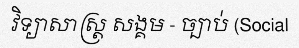
វិទ្យាសាស្ត្រ សង្គម - ច្បាប់ (Social